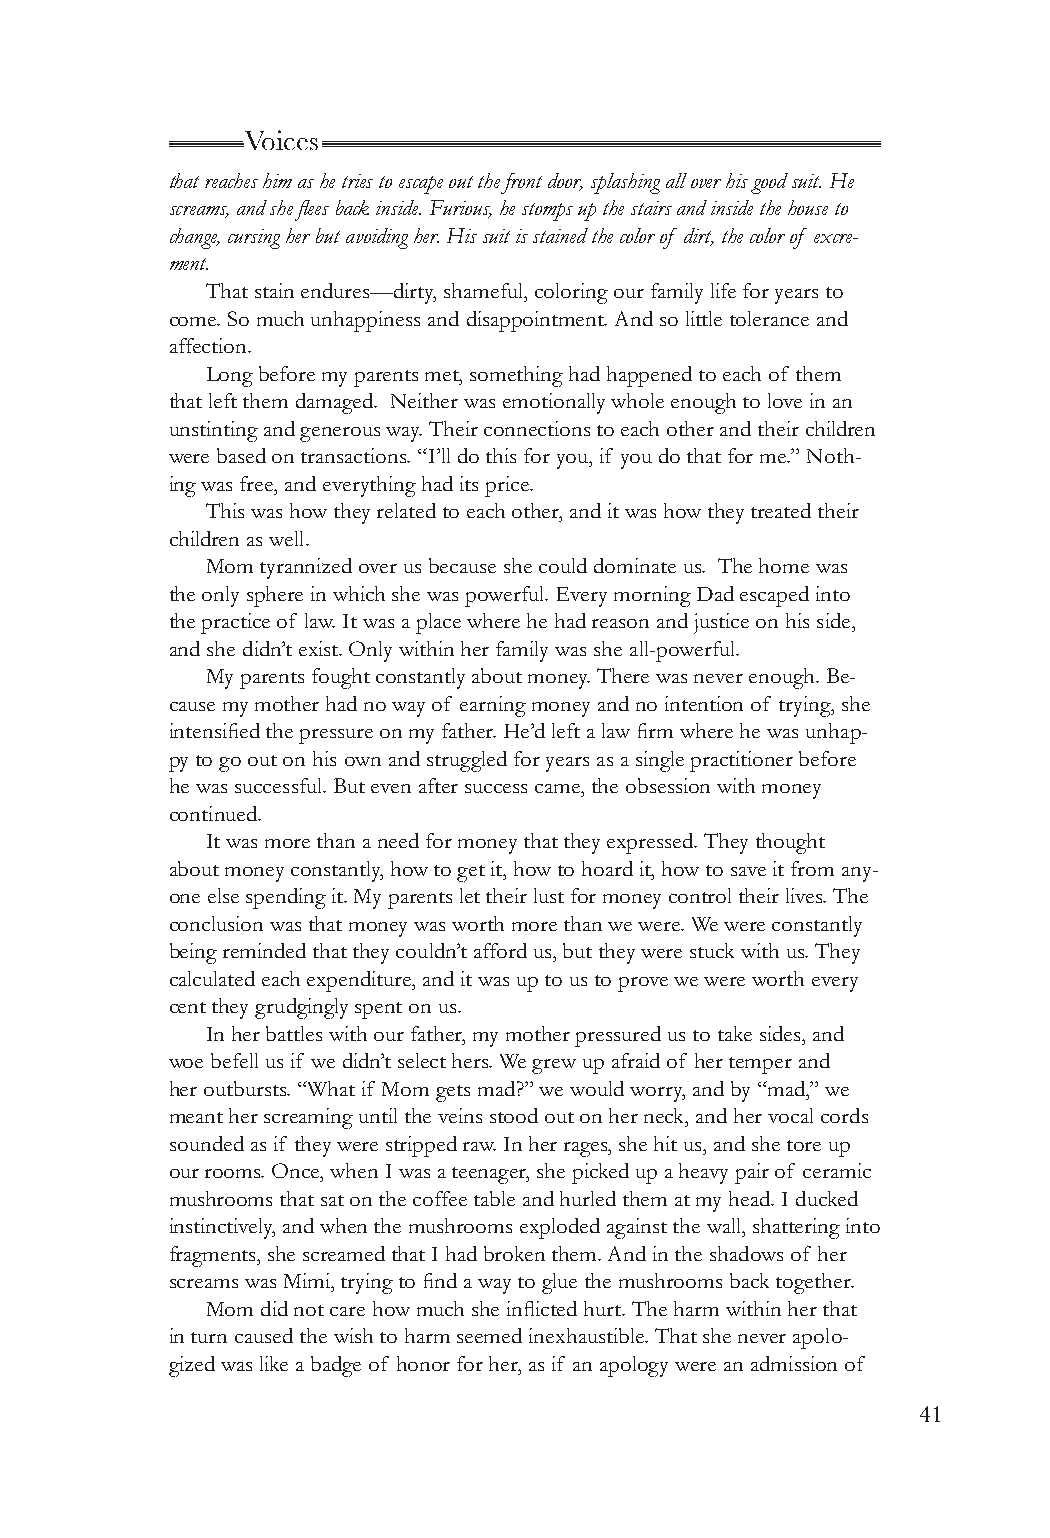
Voices
 that reaches him as he tries to escape out the front door, splashing all over his good suit. He
 screams, and she flees back inside. Furious, he stomps up the stairs and inside the house to
 change, cursing her but avoiding her. His suit is stained the color of dirt, the color of excre-
 ment.
 That stain endures—dirty, shameful, coloring our family life for years to
 come. So much unhappiness and disappointment. And so little tolerance and
 affection.
 Long before my parents met, something had happened to each of them
 that left them damaged. Neither was emotionally whole enough to love in an
 unstinting and generous way. Their connections to each other and their children
 were based on transactions. “I’ll do this for you, if you do that for me.” Noth-
 ing was free, and everything had its price.
 This was how they related to each other, and it was how they treated their
 children as well.
 Mom tyrannized over us because she could dominate us. The home was
 the only sphere in which she was powerful. Every morning Dad escaped into
 the practice of law. It was a place where he had reason and justice on his side,
 and she didn’t exist. Only within her family was she all-powerful.
 My parents fought constantly about money. There was never enough. Be-
 cause my mother had no way of earning money and no intention of trying, she
 intensified the pressure on my father. He’d left a law firm where he was unhap-
 py to go out on his own and struggled for years as a single practitioner before
 he was successful. But even after success came, the obsession with money
 continued.
 It was more than a need for money that they expressed. They thought
 about money constantly, how to get it, how to hoard it, how to save it from any-
 one else spending it. My parents let their lust for money control their lives. The
 conclusion was that money was worth more than we were. We were constantly
 being reminded that they couldn’t afford us, but they were stuck with us. They
 calculated each expenditure, and it was up to us to prove we were worth every
 cent they grudgingly spent on us.
 In her battles with our father, my mother pressured us to take sides, and
 woe befell us if we didn’t select hers. We grew up afraid of her temper and
 her outbursts. “What if Mom gets mad?” we would worry, and by “mad,” we
 meant her screaming until the veins stood out on her neck, and her vocal cords
 sounded as if they were stripped raw. In her rages, she hit us, and she tore up
 our rooms. Once, when I was a teenager, she picked up a heavy pair of ceramic
 mushrooms that sat on the coffee table and hurled them at my head. I ducked
 instinctively, and when the mushrooms exploded against the wall, shattering into
 fragments, she screamed that I had broken them. And in the shadows of her
 screams was Mimi, trying to find a way to glue the mushrooms back together.
 Mom did not care how much she inflicted hurt. The harm within her that
 in turn caused the wish to harm seemed inexhaustible. That she never apolo-
 gized was like a badge of honor for her, as if an apology were an admission of
 41